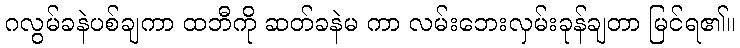
ဂလွမ်ခနဲပစ်ချကာ ထဘီကို ဆတ်ခနဲမ ကာ လမ်းဘေးလှမ်းခုန်ချတာ မြင်ရ၏။